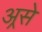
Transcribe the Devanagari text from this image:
अ्रसे